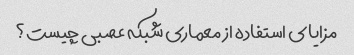
مزایای استفاده از معماری شبکه عصبی چیست؟